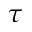
\tau